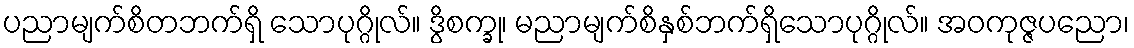
ပညာမျက်စိတဘက်ရှိ သောပုဂ္ဂိုလ်။ ဒွိစက္ခု၊ မညာမျက်စိနှစ်ဘက်ရှိသောပုဂ္ဂိုလ်။ အဝကုဇ္ဇပညော၊